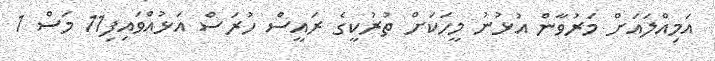
އަމިއްލައަށް މަރުވާން އުޅުނު މީހަކަށް ތުރުކީގެ ރައީސް ހުރަސް އަޅުއްވައިފި11 މަސް 1